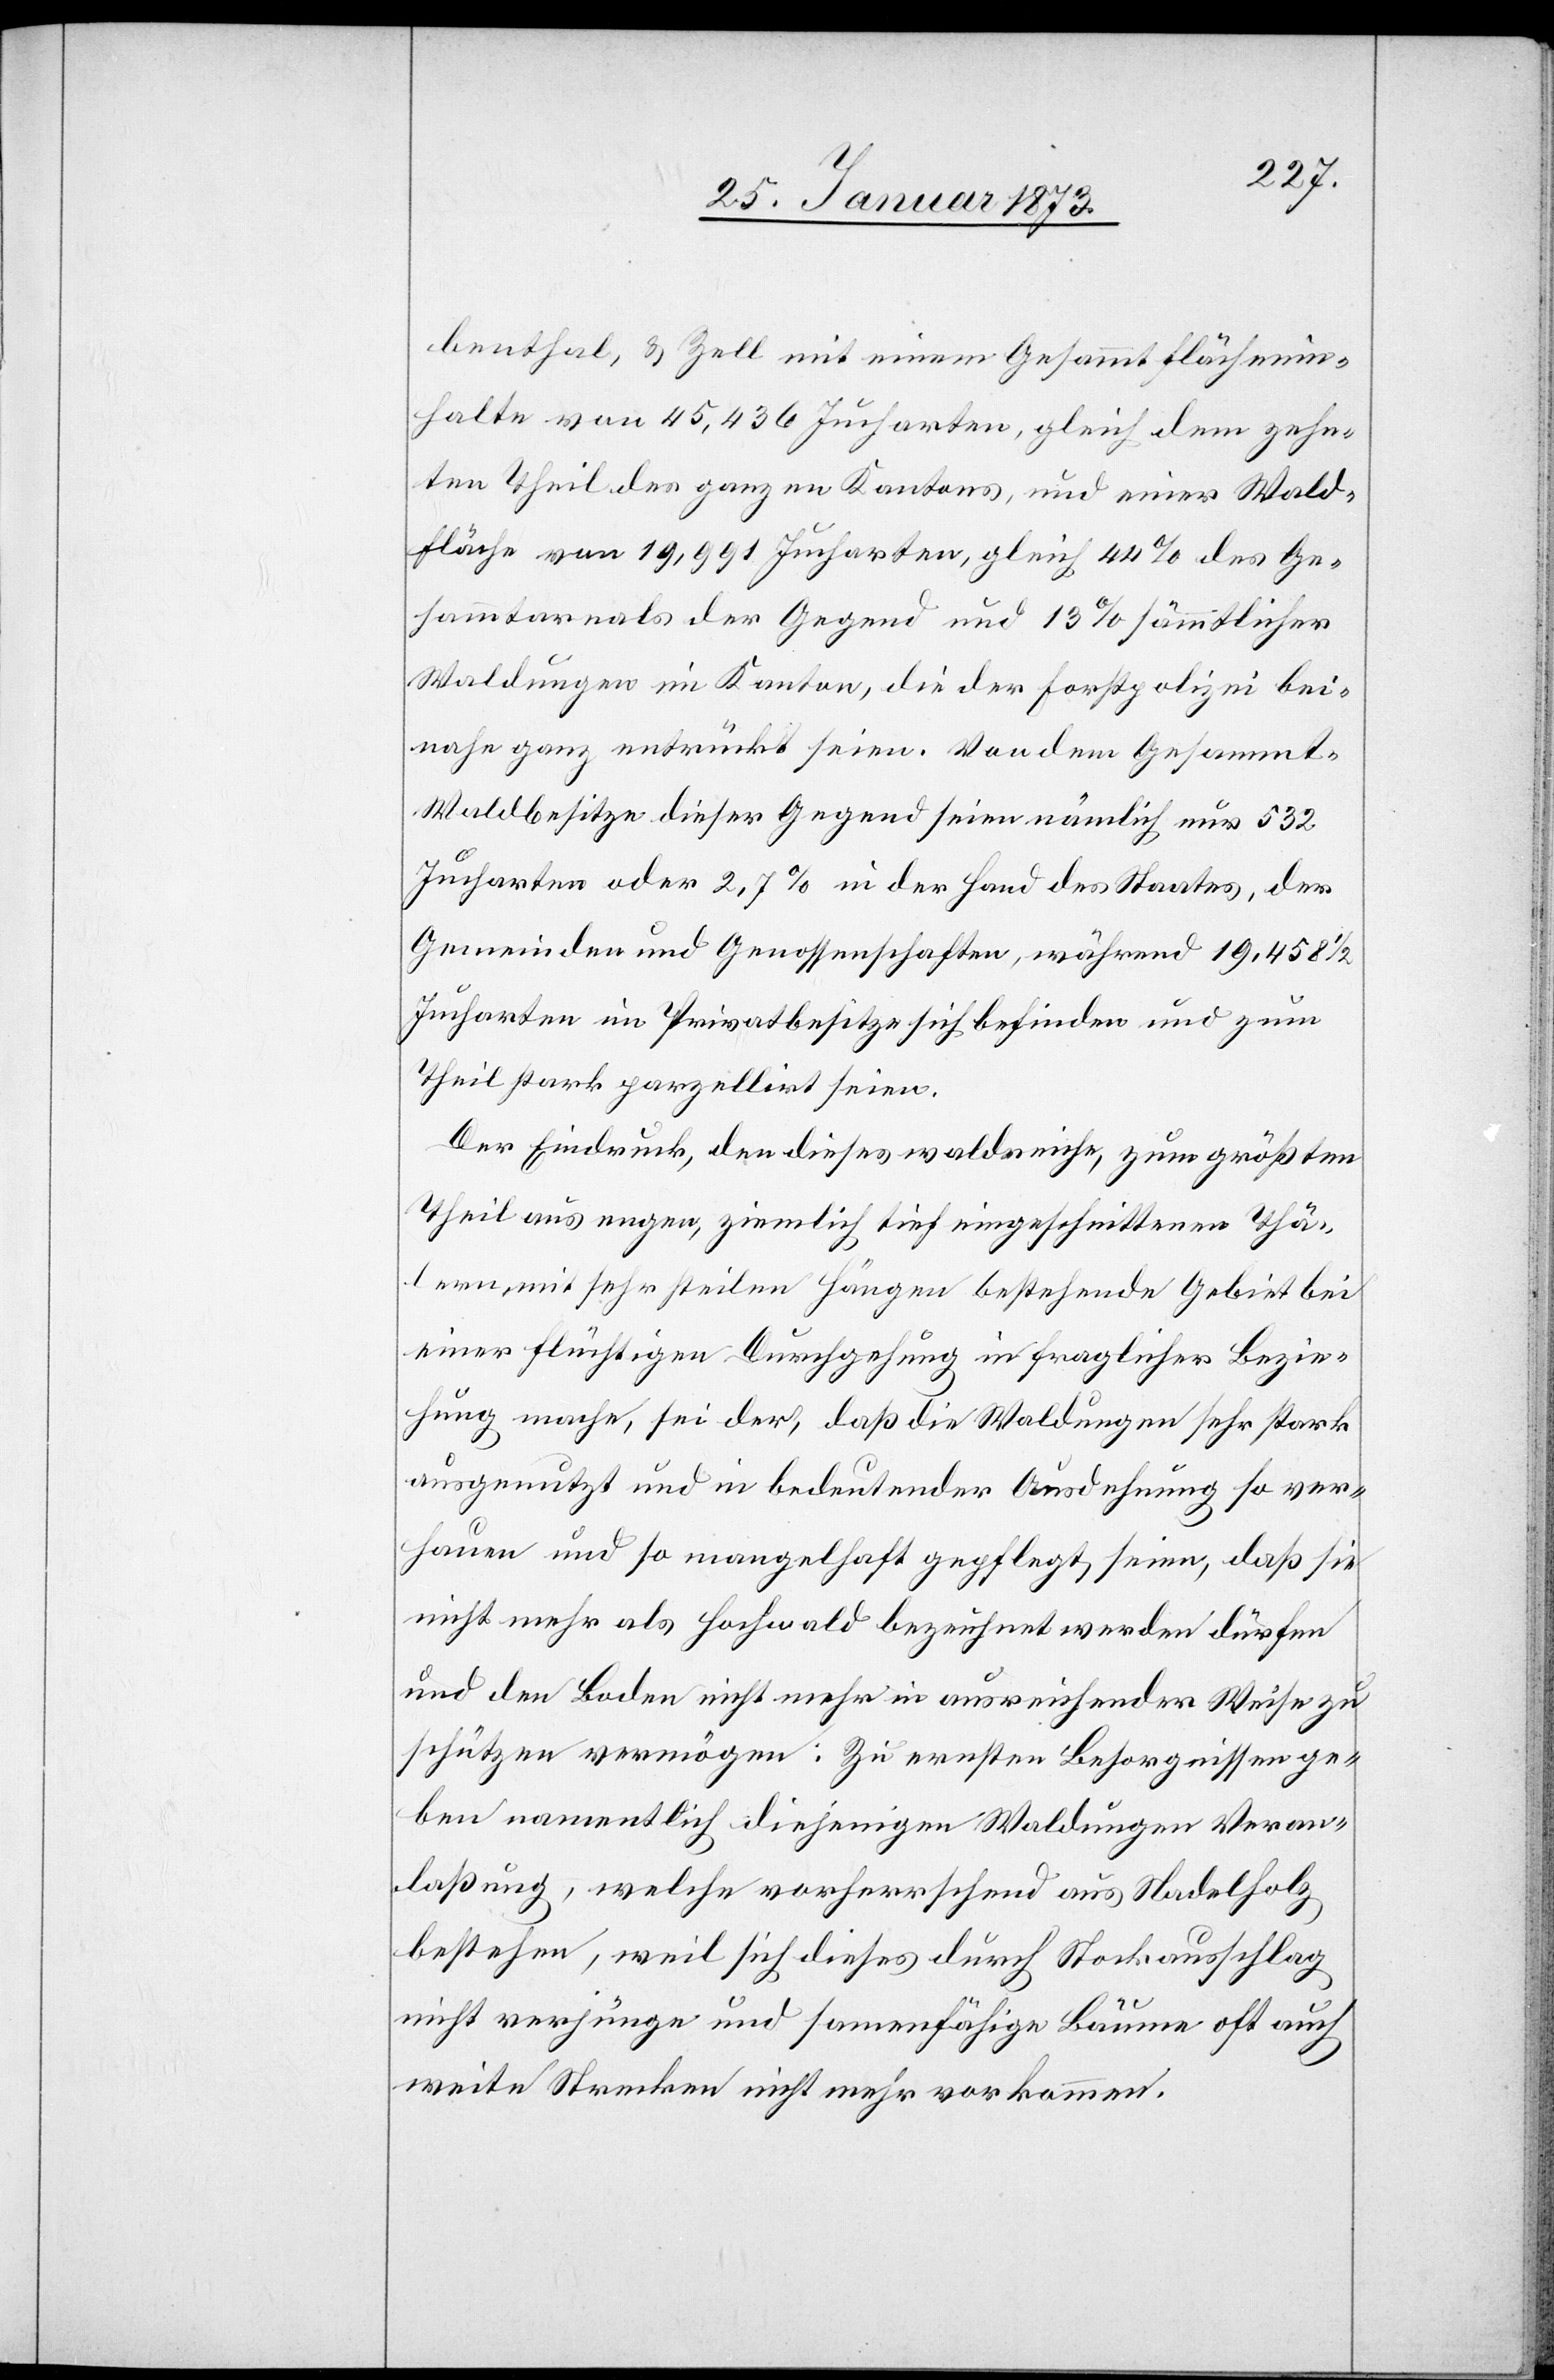
benthal, u. Zell mit einem Gesämmtflächenin¬
halte von 45,436 Jucharten, gleich dem zehn¬
ten Theil des ganzen Kantons, und einer Wald¬
fläche von 19,991 Jucharten, gleich 44% des Ge¬
sammtareals der Gegend und 13% sämmtlicher
Waldungen im Kanton, die der Forstpolizei bei¬
nahe ganz entrückt seien. Von dem Gesammt-W¬
aldbesitze dieser Gegend seien nämlich nur 532
Jucharten oder 2,7% in der Hand des Staates, der
Gemeinden und Genossenschaften, während 19,458 1/2
Jucharten im Privatbesitze sich befinden und zum
Theil stark parzellirt seien.
Der Eindruck, den dieses waldseiche, zum größten
Theil aus engen, ziemlich tief eingeschnittenen Thä¬
lern, mit sehr steilen Hängen bestehende Gebiet bei
einer flüchtigen Durchgehung in fraglicher Bezie¬
hung mache, sei der, daß die Waldungen sehr stark
ausgenutzt und in bedeutender Ausdehnung so ver¬
hauen und so mangelhaft gepflegt seien, daß sie
nicht mehr als Hochwald bezeichnet werden dürfen
und den Boden nicht mehr in ausreichender Weise zu
schützen vermögen: Zu ernsten Besorgnissen ge¬
ben namentlich diejenigen Waldungen Veran¬
laßung, welche vorherrschend aus Nadelholz
bestehen, weil sich dieses durch Stockausschlag
nicht verjünge und samenfähige Bäume oft auch
weite[n] Strecken nicht mehr vorkommen.